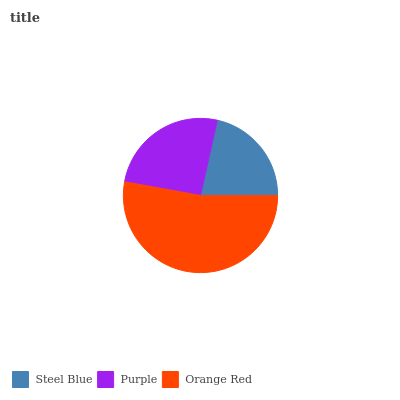
| Steel Blue | Purple | Orange Red |
 | --- | --- | --- |
 | 21.5% | 25.6% | 52.9% |